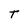
Character: T